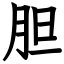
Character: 胆